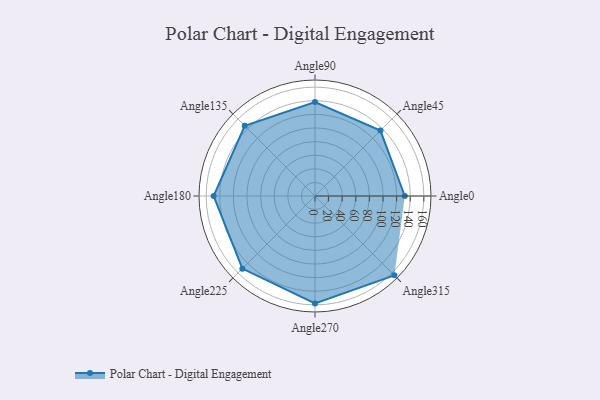
{"axis": {"x": "Angle", "y": "Radius"}, "legend": [""], "data": [{"x": "Angle0", "y": 132.0, "type": ""}, {"x": "Angle45", "y": 136.0, "type": ""}, {"x": "Angle90", "y": 138.0, "type": ""}, {"x": "Angle135", "y": 146.0, "type": ""}, {"x": "Angle180", "y": 149.0, "type": ""}, {"x": "Angle225", "y": 151.0, "type": ""}, {"x": "Angle270", "y": 158.0, "type": ""}, {"x": "Angle315", "y": 165.0, "type": ""}]}